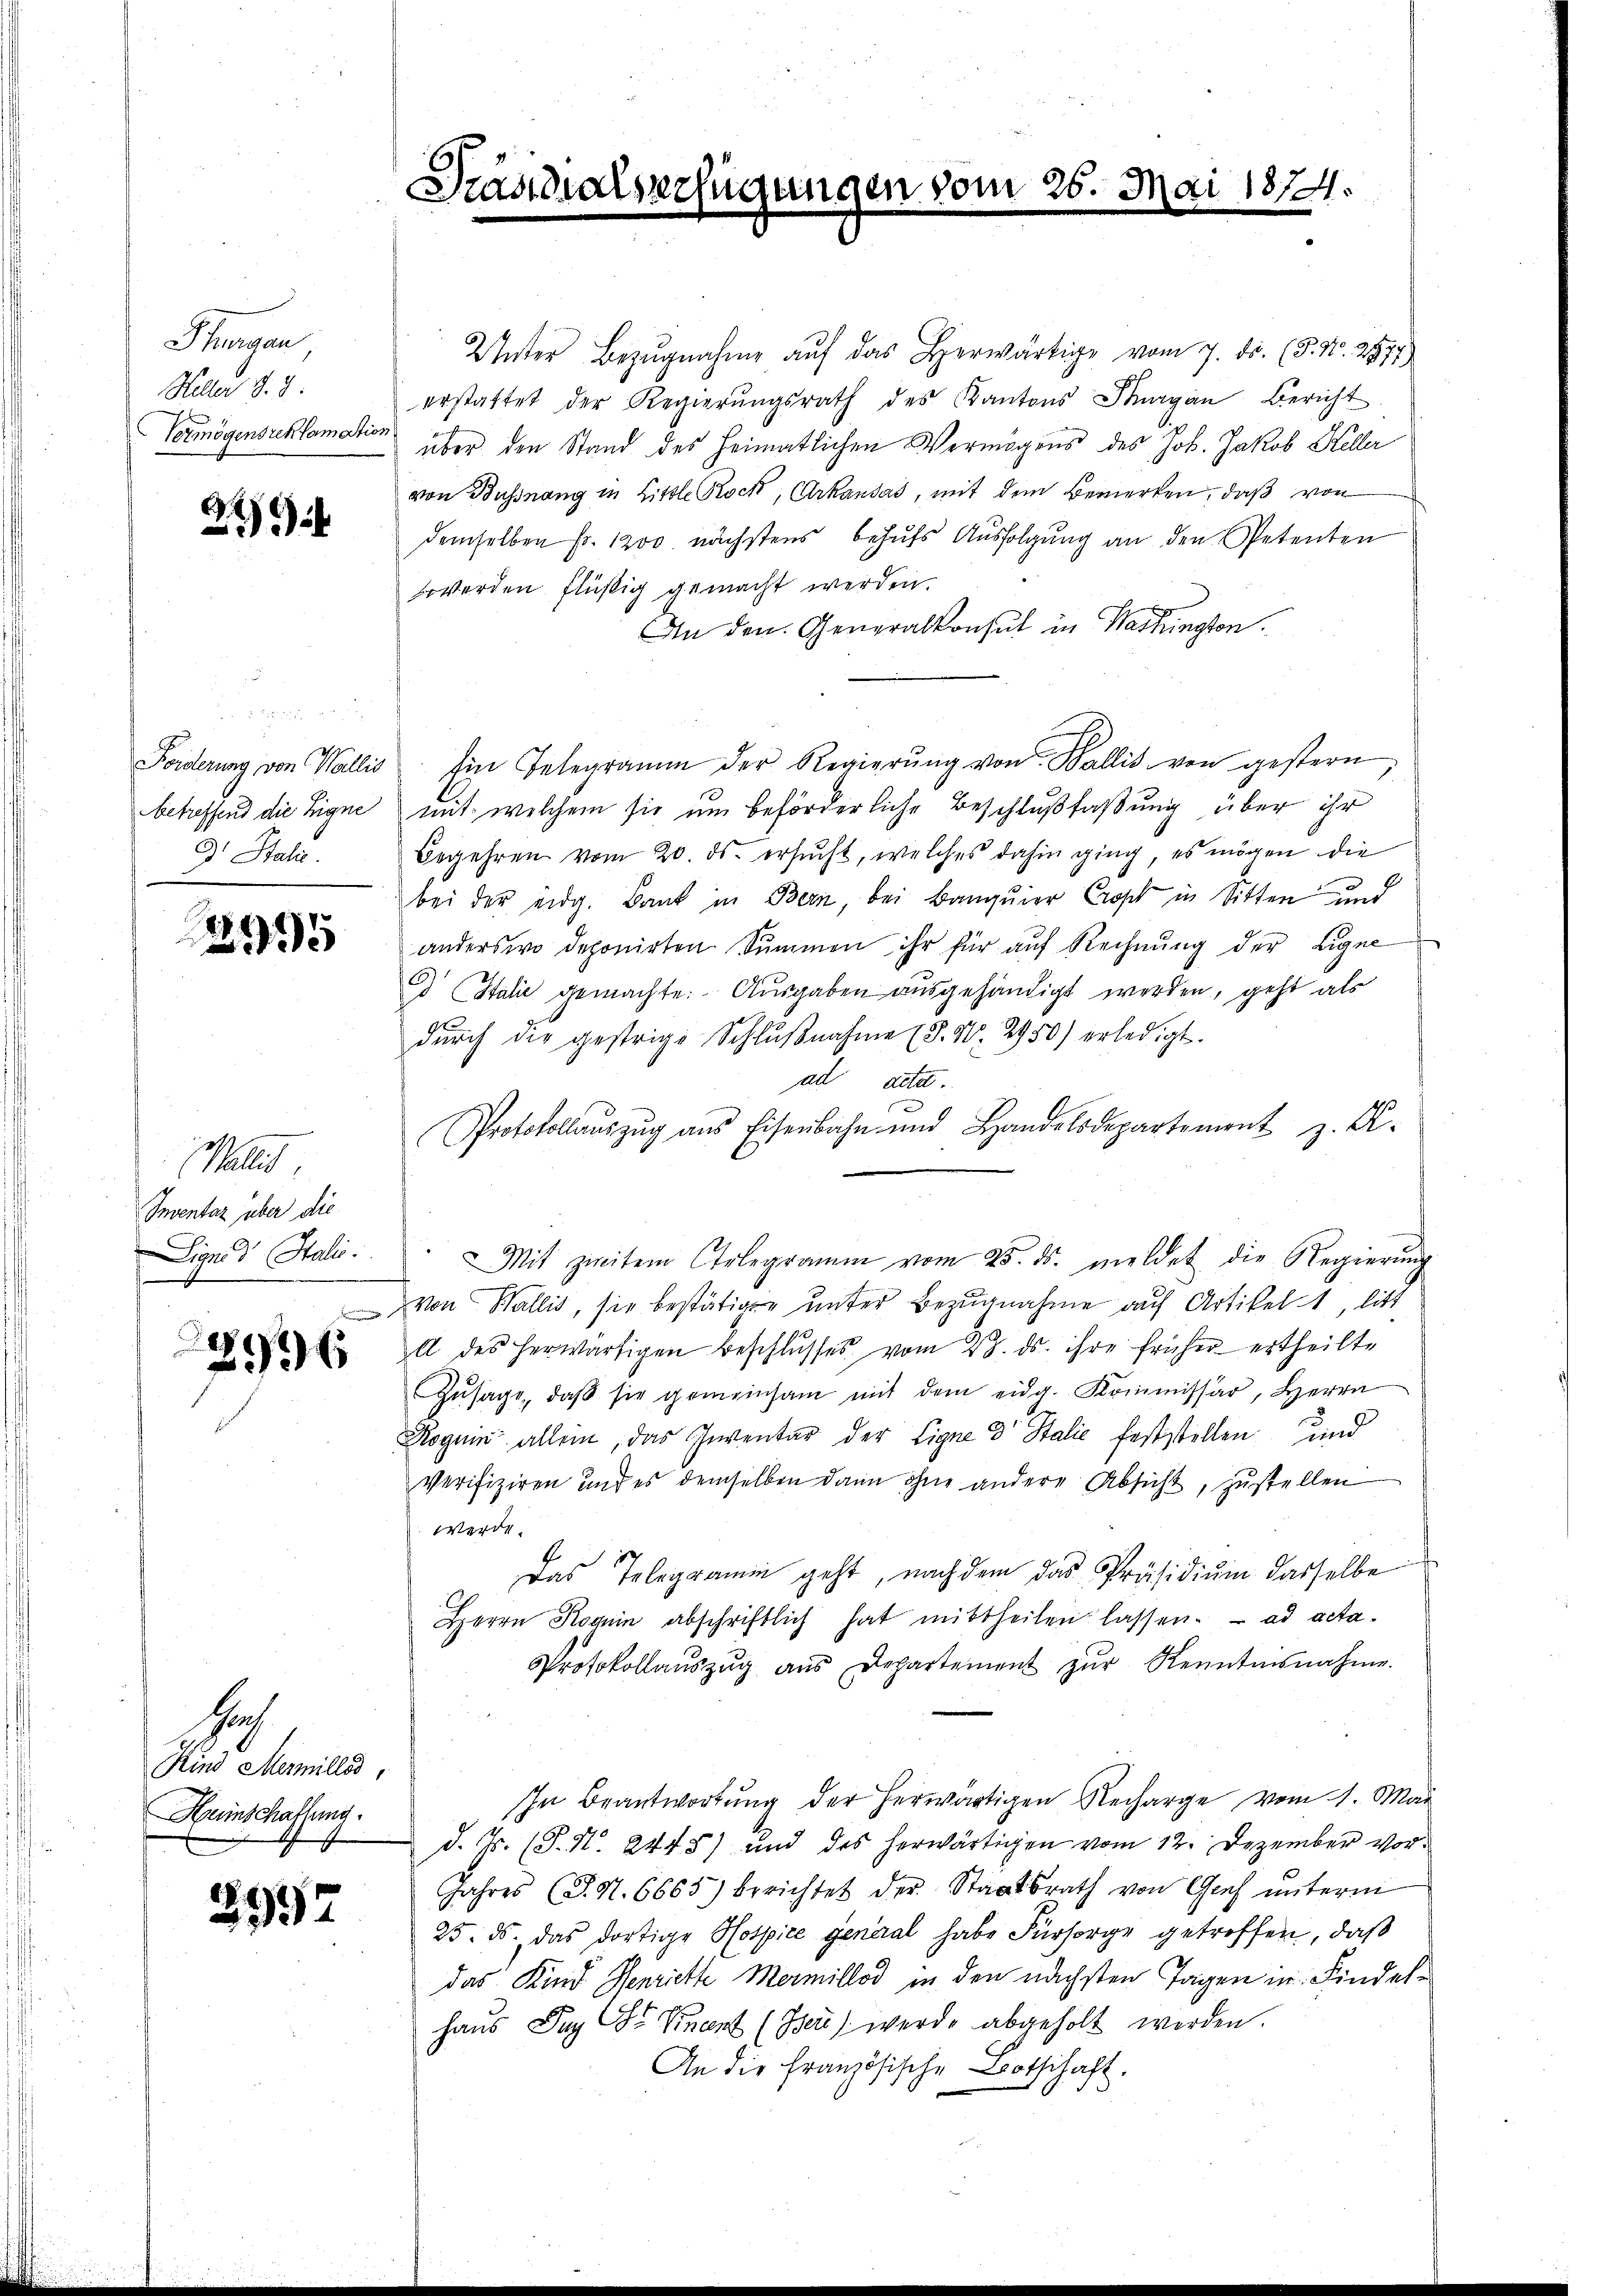
Thurgau
Feller d. d.
Vermögensreklamation

249

n
betreffend die Eigne
d. Stall.

2995

Wallis
Inventar über die
Signes Stali

2996

Hoch
Kind Marmilles,
Heinschaftung.

2992

Präsidialsessu

11

en vom 26. Mai 1874.
e

Unter Bezŭgnahme aŭf das Herwärtige vom 7. ds. (5. No. 2877)
erstattet der Regierŭngsrath des Kantons Thurgau, Bericht
" über den Stand des Heimatlichen Vermögens des Joh. Jakob Keller
von Bussnang in Little Rock, Arkausas, mit dem Bemerken, daß von
demselben Fr. 1200 nächstens behufs Ausfolgung an den Petenten
werden flüßig gemacht werden.
An den Generalkonsul in Washington.
Forderung von Wallis. Ein Telegramm der Regierŭng von Wallis von gestern,
mit, welchem sie um beförderliche Beschlußfaßung über ihr
Begehren vom 20. ds. ersucht, welches dahin ging, es mögen die
bei der eidg. Bank in Bern, bei Banquier Cropt in Sitten und
anderswo deponirten Summen ihr für auf Rechnung der Eigen
d Italie gemachte: Ausgaben ausgehändigt werden, geht als
durch die gestrige Schlŭβnahme (§. 1. 2950) erledigt.
ad acta.
Protokollaŭszŭg aŭs Eisenbahn und Handelsdepartement z. R.
Mit zweitem Erlegramm vom 25. ds. meldet die Regierŭng
 von Wallis, sie bestätigte unter Bezugnahme auf Artikel, litt
A des herwärtigen Beschlŭsses vom 23. ds. ihre früher ertheilte
Zusage, daβ sie gemeinsam mit dem eidg. Kommissar, Herrn
Roguin allein, das Inventar der Eigne 3 Stalie feststellen und
Verifiziren und es demselben dann ohne andere Absicht, zustellen
werde.
Das Telegramm geht, nach dem das Präsidium dasselbe
Herrn Roguin abschriftlich hat mittheilen lassen. ad acta¬
Protokollaŭszŭg aŭs Departement zŭr Kenntnisnahme.
In Beantwortung der herwärtigen Recharge vom 1. Mai
d. Js. (T. N. 2445) und des herwärtigen vom 12. Dezember vor¬
Jahres (T. N. 6665) berichtet der Staatsrath von Gief ŭnterm
25. ds. das dortige Hospice general habe Fürsorge getroffen, daß
das Kind Henriette Mermillod in den nächsten Tagen in Findelhaus Zug der Finant (Iser) werde abgeholt werden.
An die Französische Botschaft.